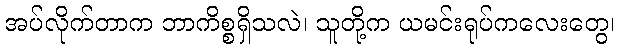
အပ်လိုက်တာက ဘာကိစ္စရှိသလဲ၊ သူတို့က ယမင်းရုပ်ကလေးတွေ၊